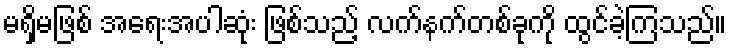
မရှိမဖြစ် အရေးအပါဆုံး ဖြစ်သည့် လက်နက်တစ်ခုကို ထွင်ခဲ့ကြသည်။